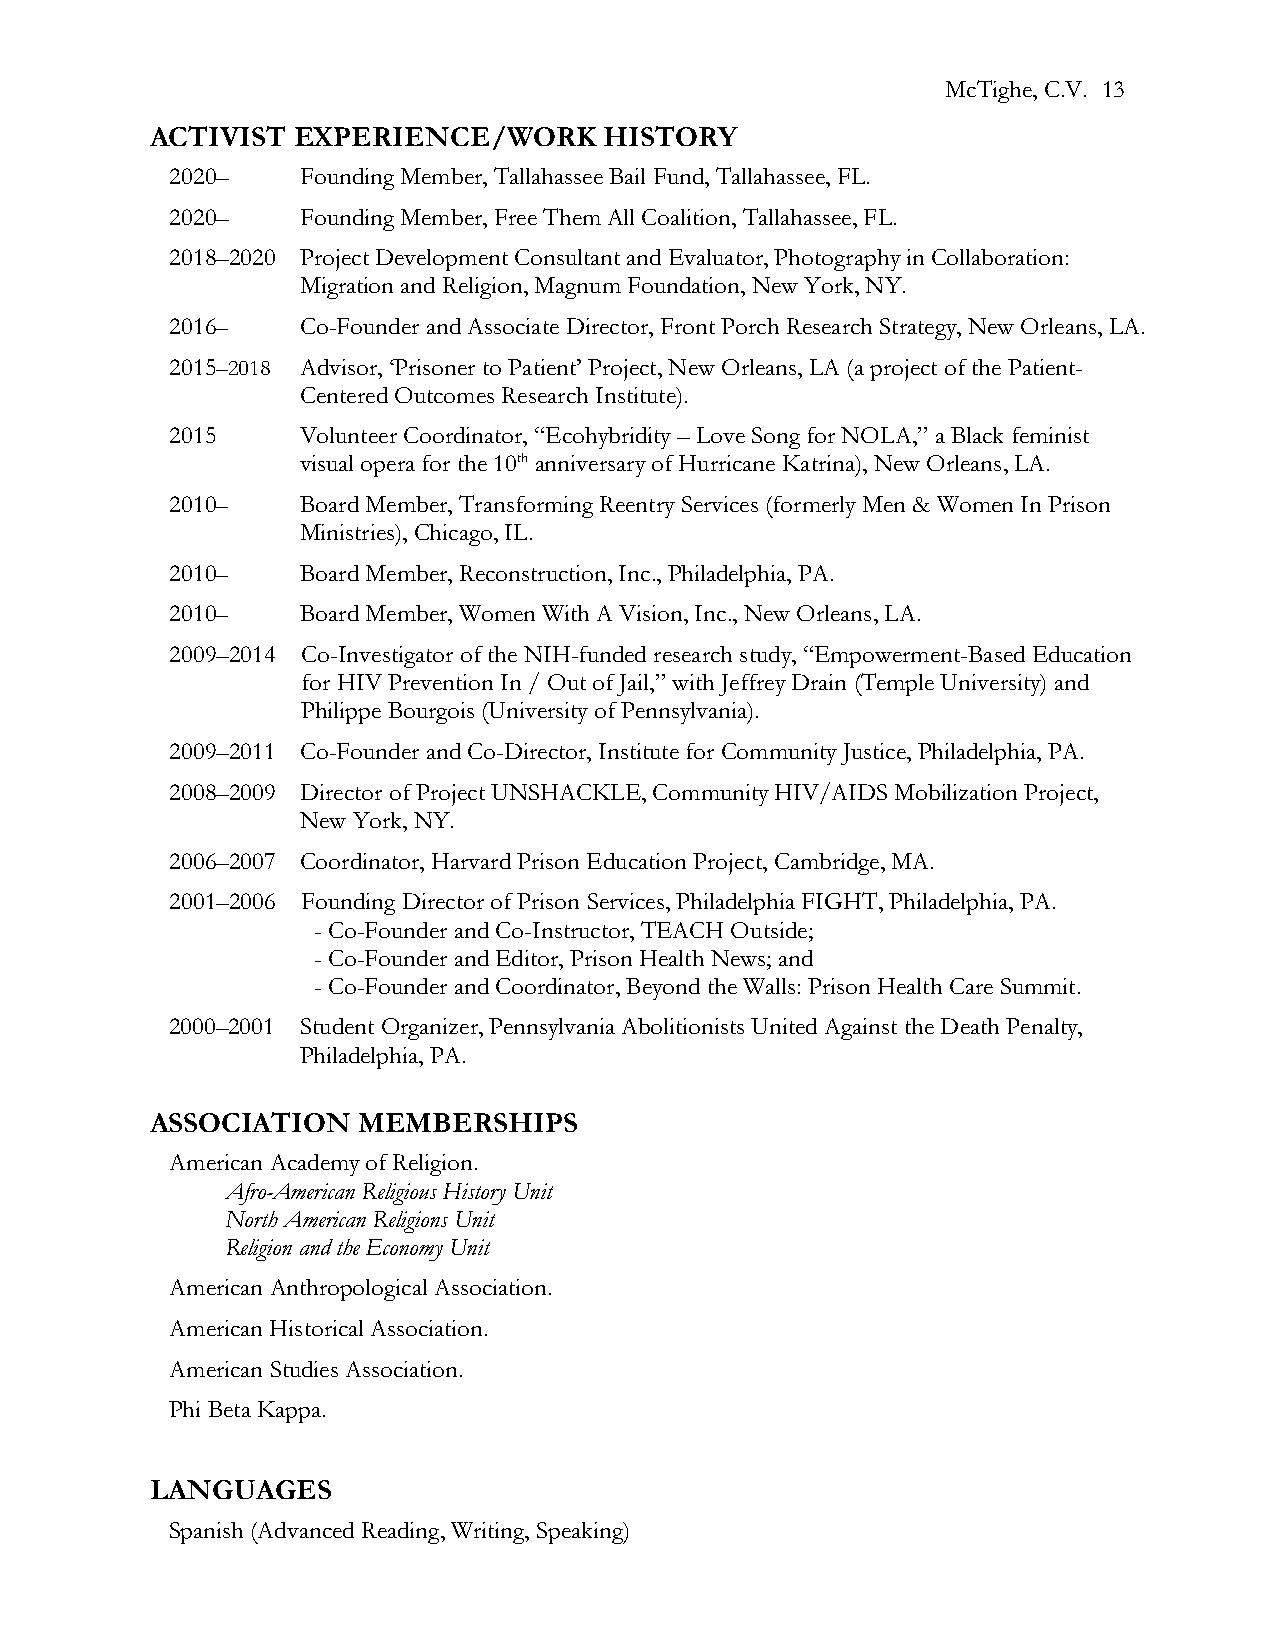
McTighe, C.V. 13
 ACTIVIST EXPERIENCE/WORK      HISTORY
 2020–    Founding Member, Tallahassee Bail Fund, Tallahassee, FL.
 2020–    Founding Member, Free Them All Coalition, Tallahassee, FL.
 2018–2020 Project Development Consultant and Evaluator, Photography in Collaboration:
 Migration and Religion, Magnum Foundation, New York, NY.
 2016–    Co-Founder and Associate Director, Front Porch Research Strategy, New Orleans, LA.
 2015–2018 Advisor, ‘Prisoner to Patient’ Project, New Orleans, LA (a project of the Patient-
 Centered Outcomes Research Institute).
 2015     Volunteer Coordinator, “Ecohybridity – Love Song for NOLA,” a Black feminist
 visual opera for the 10th anniversary of Hurricane Katrina), New Orleans, LA.
 2010–    Board Member, Transforming Reentry Services (formerly Men & Women In Prison
 Ministries), Chicago, IL.
 2010–    Board Member, Reconstruction, Inc., Philadelphia, PA.
 2010–    Board Member, Women With A Vision, Inc., New Orleans, LA.
 2009–2014 Co-Investigator of the NIH-funded research study, “Empowerment-Based Education
 for HIV Prevention In / Out of Jail,” with Jeffrey Drain (Temple University) and
 Philippe Bourgois (University of Pennsylvania).
 2009–2011 Co-Founder and Co-Director, Institute for Community Justice, Philadelphia, PA.
 2008–2009 Director of Project UNSHACKLE, Community HIV/AIDS Mobilization Project,
 New York, NY.
 2006–2007 Coordinator, Harvard Prison Education Project, Cambridge, MA.
 2001–2006 Founding Director of Prison Services, Philadelphia FIGHT, Philadelphia, PA.
 - Co-Founder and Co-Instructor, TEACH Outside;
 - Co-Founder and Editor, Prison Health News; and
 - Co-Founder and Coordinator, Beyond the Walls: Prison Health Care Summit.
 2000–2001 Student Organizer, Pennsylvania Abolitionists United Against the Death Penalty,
 Philadelphia, PA.
 ASSOCIATION   MEMBERSHIPS
 American Academy of Religion.
 Afro-American Religious History Unit
 North American Religions Unit
 Religion and the Economy Unit
 American Anthropological Association.
 American Historical Association.
 American Studies Association.
 Phi Beta Kappa.
 LANGUAGES
 Spanish (Advanced Reading, Writing, Speaking)